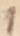
Text: 1